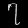
Digit: ၇